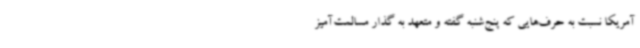
آمریکا نسبت به حرف‌هایی که پنج‌شنبه گفته و متعهد به گذار مسالمت‌آمیز